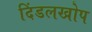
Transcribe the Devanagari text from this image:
दिंडलखोप